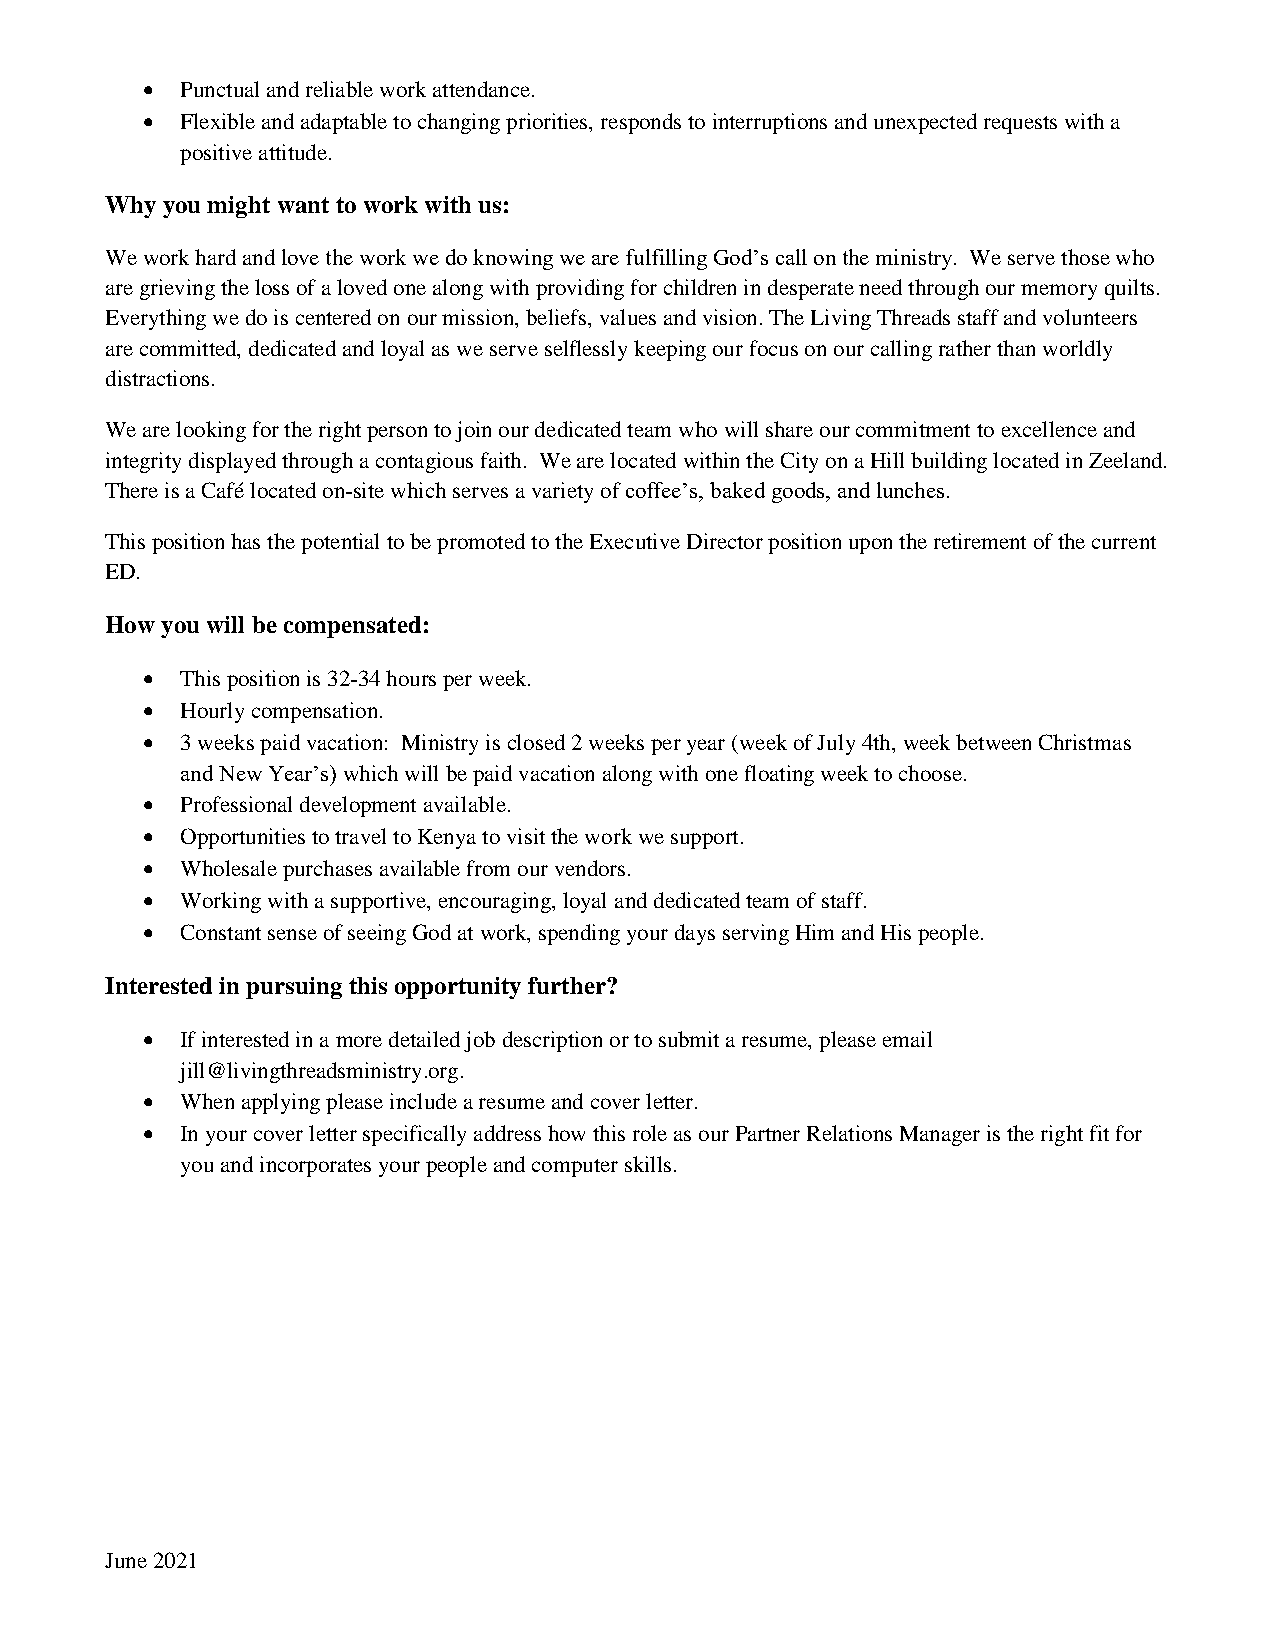
  Punctual and reliable work attendance.
   Flexible and adaptable to changing priorities, responds to interruptions and unexpected requests with a
 positive attitude.
 Why you might want to work with us:
 We work hard and love the work we do knowing we are fulfilling God’s call on the ministry. We serve those who
 are grieving the loss of a loved one along with providing for children in desperate need through our memory quilts.
 Everything we do is centered on our mission, beliefs, values and vision. The Living Threads staff and volunteers
 are committed, dedicated and loyal as we serve selflessly keeping our focus on our calling rather than worldly
 distractions.
 We are looking for the right person to join our dedicated team who will share our commitment to excellence and
 integrity displayed through a contagious faith. We are located within the City on a Hill building located in Zeeland.
 There is a Café located on-site which serves a variety of coffee’s, baked goods, and lunches.
 This position has the potential to be promoted to the Executive Director position upon the retirement of the current
 ED.
 How you will be compensated:
   This position is 32-34 hours per week.
   Hourly compensation.
   3 weeks paid vacation: Ministry is closed 2 weeks per year (week of July 4th, week between Christmas
 and New Year’s) which will be paid vacation along with one floating week to choose.
   Professional development available.
   Opportunities to travel to Kenya to visit the work we support.
   Wholesale purchases available from our vendors.
   Working with a supportive, encouraging, loyal and dedicated team of staff.
   Constant sense of seeing God at work, spending your days serving Him and His people.
 Interested in pursuing this opportunity further?
   If interested in a more detailed job description or to submit a resume, please email
 jill@livingthreadsministry.org.
   When applying please include a resume and cover letter.
   In your cover letter specifically address how this role as our Partner Relations Manager is the right fit for
 you and incorporates your people and computer skills.
 June 2021